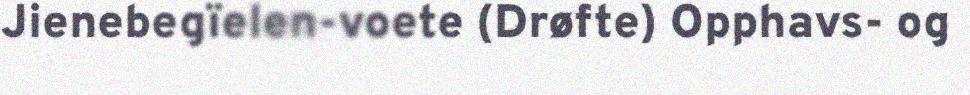
Jienebegïelen-voete (Drøfte) Opphavs- og